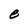
Character: e